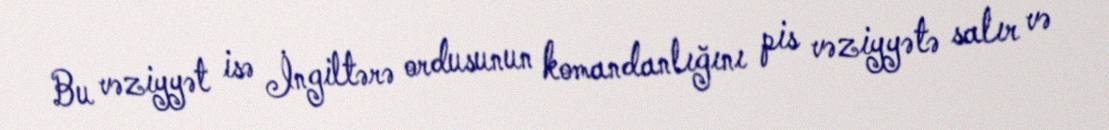
Bu vəziyyət isə İngiltərə ordusunun komandanlığını pis vəziyyətə salır və